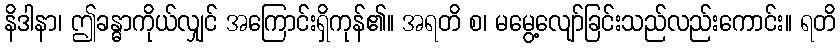
နိဒါနာ၊ ဤခန္ဓာကိုယ်လျှင် အကြောင်းရှိကုန်၏။ အရတိ စ၊ မမွေ့လျော်ခြင်းသည်လည်းကောင်း။ ရတိ